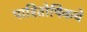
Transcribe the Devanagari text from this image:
पारितोषिकचे